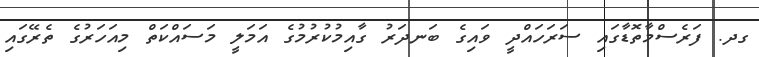
ގދ. ފަރެސްމާތޮޑާގައި ސަރަހައްދީ ވައިގެ ބަނދަރު ގާއިމުކުރުމުގެ އަމަލީ މަސައްކަތް މިއަހަރުގެ ތެރޭގައި